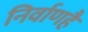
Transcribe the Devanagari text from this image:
निर्वाणहै